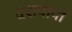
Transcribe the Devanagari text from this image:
दशपापों